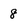
Character: 8